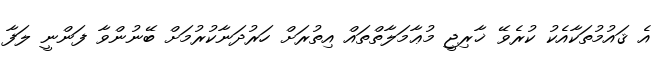
އެ ޤައުމުތަކާއެކު ކުރެވޭ ޚާރިޖީ މުޢާމަލާތްތައް އިތުރަށް ހަރުދަނާކުރުމަށް ބޭނުންވާ ފަންނީ ލަފާ